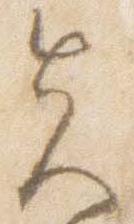
先